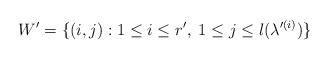
LaTeX: \begin{align*}W'=\{(i,j): 1\leq i\leq r',\; 1\leq j \leq l(\lambda'^{(i)})\}\end{align*}